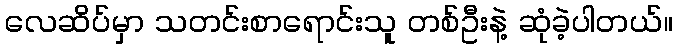
လေဆိပ်မှာ သတင်းစာရောင်းသူ တစ်ဦးနဲ့ ဆုံခဲ့ပါတယ်။